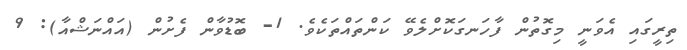
ތިރީގައި އެވަނީ މިގޮތުން ފާހަނގަކޮށްލެވޭ ކަންތައްތަކެވެ. 1- ބޮޑުވާން ފެށުން (އައްނަޝްއާ): 9